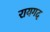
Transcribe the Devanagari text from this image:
रायगद